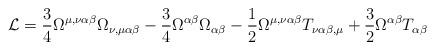
LaTeX: \begin{align*}{\cal L} = \frac{3}{4} \Omega^{\mu,\nu\alpha\beta}\Omega_{\nu,\mu\alpha\beta} - \frac{3}{4} \Omega^{\alpha\beta}\Omega_{\alpha\beta} - \frac{1}{2} \Omega^{\mu,\nu\alpha\beta}T_{\nu\alpha\beta,\mu} + \frac{3}{2} \Omega^{\alpha\beta}T_{\alpha\beta}\end{align*}